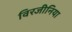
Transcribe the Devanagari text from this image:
विरजीनिया